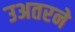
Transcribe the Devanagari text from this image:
उअतरने